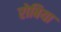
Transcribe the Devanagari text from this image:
रोबिया